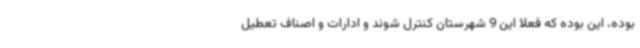
بوده، این بوده که فعلا این 9 شهرستان کنترل شوند و ادارات و اصناف تعطیل